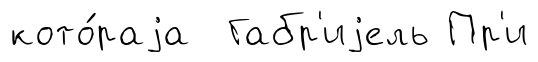
кото́раjа Габр'иjель Пр'и